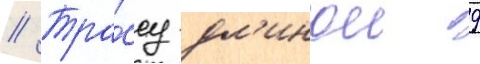
// Тра́ссу дл'инои 9